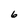
Character: 6